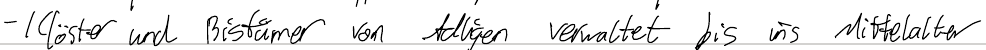
- Klöster und Bistümer von Adligen verwaltet bis ins Mittelalter